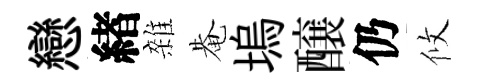
戀緖雜𤲅塢醸仍攸